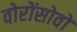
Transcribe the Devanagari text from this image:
वोरोंसोवो